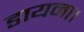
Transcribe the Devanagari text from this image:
डायना।